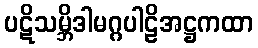
ပဋိသမ္ဘိဒါမဂ္ဂပါဠိအဋ္ဌကထာ